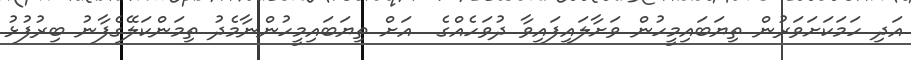
އަދި ހަމަކަށަވަރުން ތިޔަބައިމީހުން ވަށާލައިފައިވާ ދުވަހެއްގެ  އަށް ތިޔަބައިމީހުންނާމެދު ތިމަންކަލޭގެފާނު ބިރުފުޅު